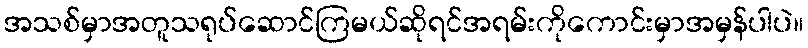
အသစ်မှာအတူသရုပ်ဆောင်ကြမယ်ဆိုရင်အရမ်းကိုကောင်းမှာအမှန်ပါပဲ။